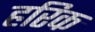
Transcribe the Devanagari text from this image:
हरिक